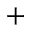
^ +